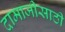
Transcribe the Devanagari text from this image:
दामाजीसाठी